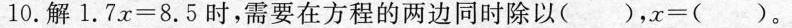
10.解$$1 . 7 x = 8 . 5$$时，需要在方程的两边同时除以( )，x=( )。